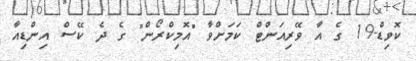
ކޮވިޑް-19 ގެ އާ ވޭރިއަންޓް ކަމަށްވާ "އޮމިކްރޯން" ގެ ދެ ކޭސް އިންޑިއާ